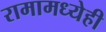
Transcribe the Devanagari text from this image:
रामामध्येही